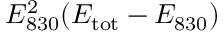
E _ { 8 3 0 } ^ { 2 } ( E _ { \mathrm { t o t } } - E _ { 8 3 0 } )